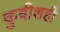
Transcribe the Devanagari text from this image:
कुबीशही